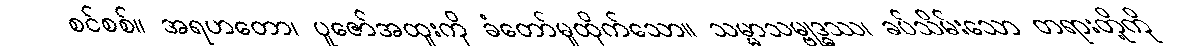
စင်စစ်။ အရဟတော၊ ပူဇော်အထူးကို ခံတော်မူထိုက်သော။ သမ္မာသမ္ဗုဒ္ဓဿ၊ ခပ်သိမ်းသော တရားတို့ကို